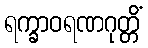
ရက္ခာဝရဏဂုတ္တိံ